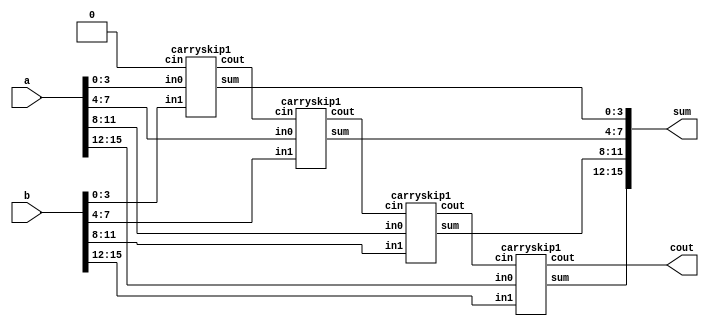
module carryskipadder(a,b,sum,cout);
    input [15:0]a;
    input [15:0]b;
    output [15:0]sum;
    output cout;
    wire [2:0]cin;
    carryskip1 cs1(a[3:0],b[3:0],1'b0,sum[3:0],cin[0]);
    carryskip1 cs2(a[7:4],b[7:4],cin[0],sum[7:4],cin[1]);
    carryskip1 cs3(a[11:8],b[11:8],cin[1],sum[11:8],cin[2]);
    carryskip1 cs4(a[15:12],b[15:12],cin[2],sum[15:12],cout);
endmodule

module carryskip1(in0,in1,cin,sum,cout);
    input [3:0] in0;
    input [3:0] in1;
    input cin;
    output [3:0] sum;
    output cout;    
    wire [3:0] P;
    wire [3:0] C;
    wire P_in;
    full_adder f1(in0[0],in1[0],cin,sum[0],C[0]);
    PG P1(in0[0],in1[0],P[0]);
    full_adder f2(in0[1],in1[1],C[0],sum[1],C[1]);
    PG P2(in0[1],in1[1],P[1]);
    full_adder f3(in0[2],in1[2],C[1],sum[2],C[2]);
    PG P3(in0[2],in1[2],P[2]);
    full_adder f4(in0[3],in1[3],C[2],sum[3],C[3]);
    PG P4(in0[3],in1[3],P[3]);
    assign P_in = P[0]&P[1]&P[2]&P[3];
    assign cout = P_in?cin:C[3];
endmodule

module full_adder(in0, in1,cin, out, cout);
	input in0, in1, cin;
	output out, cout;

	assign out = in0 ^ in1 ^ cin;
	assign cout = (in0&in1)|(in1&cin)|(in0&cin);
endmodule

module PG(in0,in1,P);
    input in0;
    input in1;
    output P;
    assign P = in0^in1;
endmodule